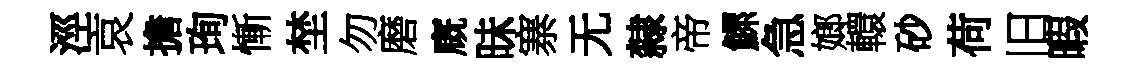
涇哀擔珣慚埜勿磨廐昧寨无隸帝鰥急嫏轘砂荷旧暇